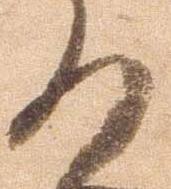
の